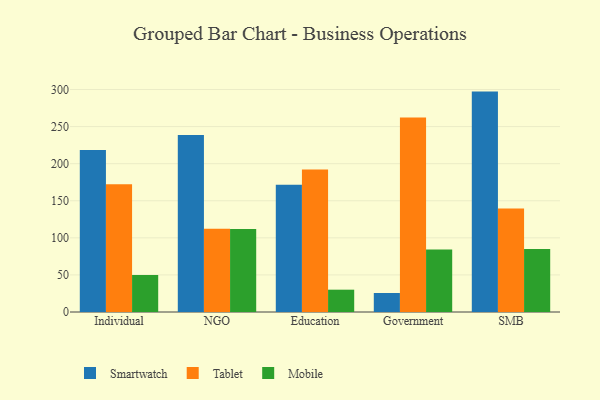
{"axis": {"x": "Segment", "y": "Humidity (%)"}, "legend": ["Mobile", "Smartwatch", "Tablet"], "data": [{"x": "Individual", "y": 218.6, "type": "Smartwatch"}, {"x": "Individual", "y": 172.4, "type": "Tablet"}, {"x": "Individual", "y": 50.0, "type": "Mobile"}, {"x": "NGO", "y": 238.8, "type": "Smartwatch"}, {"x": "NGO", "y": 112.1, "type": "Tablet"}, {"x": "NGO", "y": 111.8, "type": "Mobile"}, {"x": "Education", "y": 171.7, "type": "Smartwatch"}, {"x": "Education", "y": 192.2, "type": "Tablet"}, {"x": "Education", "y": 30.1, "type": "Mobile"}, {"x": "Government", "y": 25.6, "type": "Smartwatch"}, {"x": "Government", "y": 262.2, "type": "Tablet"}, {"x": "Government", "y": 84.2, "type": "Mobile"}, {"x": "SMB", "y": 297.2, "type": "Smartwatch"}, {"x": "SMB", "y": 139.6, "type": "Tablet"}, {"x": "SMB", "y": 84.8, "type": "Mobile"}]}